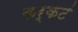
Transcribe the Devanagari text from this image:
कर्कटं